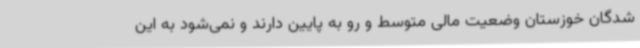
‌شدگان خوزستان وضعیت مالی متوسط و رو به پایین دارند و نمی‌شود به این